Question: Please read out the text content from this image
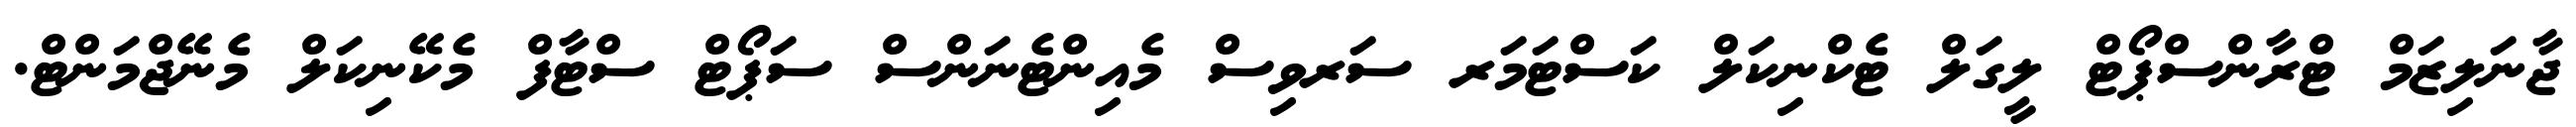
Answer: ޖާނަލިޒަމް ޓްރާންސްޕޯޓް ލީގަލް ޓެކްނިކަލް ކަސްޓަމަރ ސަރވިސް މެއިންޓެނަންސް ސަޕޯޓް ސްޓާފް މެކޭނިކަލް މެނޭޖްމަންޓް.